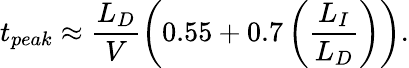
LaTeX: t_{peak}\approx\frac{L_{D}}{V}\left(0.55+0.7\left(\frac{L_{I}}{L_{D}}\right)\right).